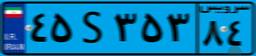
۴۵S۳۵۳۸۴